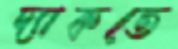
দ্যাকতে